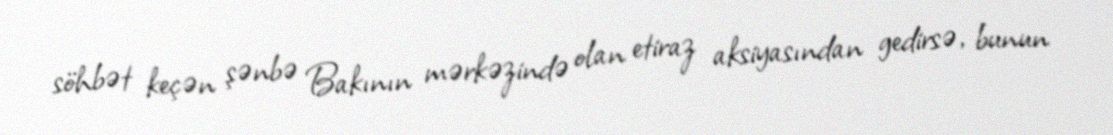
söhbət keçən şənbə Bakının mərkəzində olan etiraz aksiyasından gedirsə, bunun